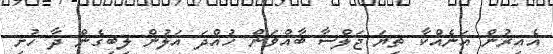
އެއިރުން އަނެއްކާ ތިޔަ ޖަލްސާ ބާއްވަން ހުއްދަ އަލުން ލިބިގެން ދާ ހުށި